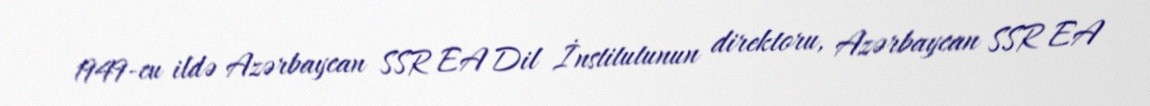
1949-cu ildə Azərbaycan SSR EA Dil İnstitutunun direktoru, Azərbaycan SSR EA